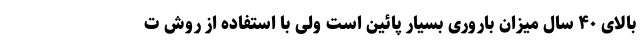
بالای ۴۰ سال میزان باروری بسیار پائین است ولی با استفاده از روش ت